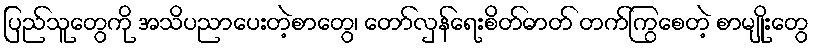
ပြည်သူတွေကို အသိပညာပေးတဲ့စာတွေ၊ တော်လှန်ရေးစိတ်ဓာတ် တက်ကြွစေတဲ့ စာမျိုးတွေ